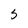
Character: 5